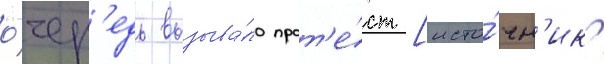
о́чер'едь вызыва́ло прот'е́ст [исто́чн'ик?